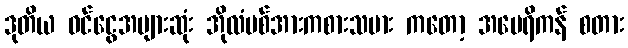
ဒုတိယ ဝင်ငွေအများဆုံး အိုလံပစ်အားကစားသမား ကတော့ အမေရိကန် စတား